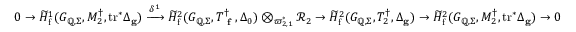
\begin{array} { r } { \begin{array} { r } { 0 \rightarrow \widetilde { H } _ { \mathrm { f } } ^ { 1 } ( G _ { \mathbb { Q } , \Sigma } , M _ { 2 } ^ { \dagger } , \mathrm { t r } ^ { * } \Delta _ { \mathbf { g } } ) \xrightarrow { \delta ^ { 1 } } \widetilde { H } _ { \mathrm { f } } ^ { 2 } ( G _ { \mathbb { Q } , \Sigma } , T _ { \textup { \bf f } } ^ { \dagger } , \Delta _ { 0 } ) \otimes _ { \varpi _ { 2 , 1 } ^ { * } } \mathcal { R } _ { 2 } \rightarrow \widetilde { H } _ { \mathrm { f } } ^ { 2 } ( G _ { \mathbb { Q } , \Sigma } , T _ { 2 } ^ { \dagger } , \Delta _ { \mathbf { g } } ) \rightarrow \widetilde { H } _ { \mathrm { f } } ^ { 2 } ( G _ { \mathbb { Q } , \Sigma } , M _ { 2 } ^ { \dagger } , \mathrm { t r } ^ { * } \Delta _ { \mathbf { g } } ) \rightarrow 0 } \end{array} } \end{array}